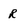
Character: R